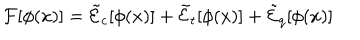
{ \cal F } [ \phi ( x ) ] = \tilde { \cal E } _ { c } [ \phi ( x ) ] + \tilde { \cal E } _ { t } [ \phi ( x ) ] + \tilde { \cal E } _ { q } [ \phi ( x ) ]